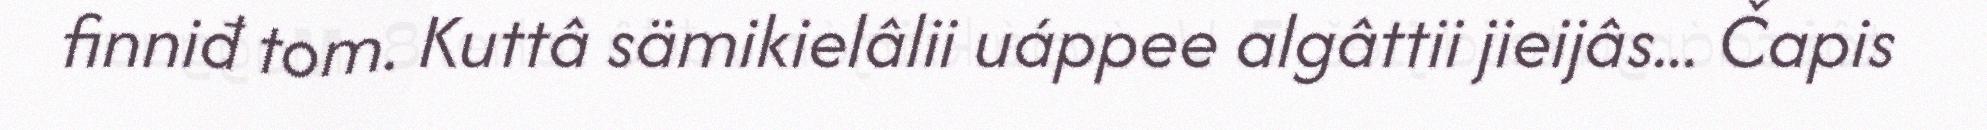
finniđ tom. Kuttâ sämikielâlii uáppee algâttii jieijâs... Čapis